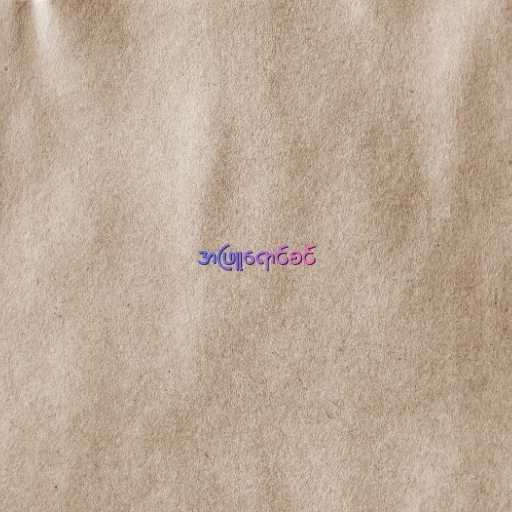
အဖြူရောင်စင်